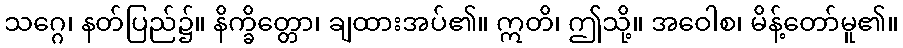
သဂ္ဂေ၊ နတ်ပြည်၌။ နိက္ခိတ္တော၊ ချထားအပ်၏။ ဣတိ၊ ဤသို့။ အဝေါစ၊ မိန့်တော်မူ၏။